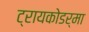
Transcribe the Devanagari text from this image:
ट्रायकोडर्मा